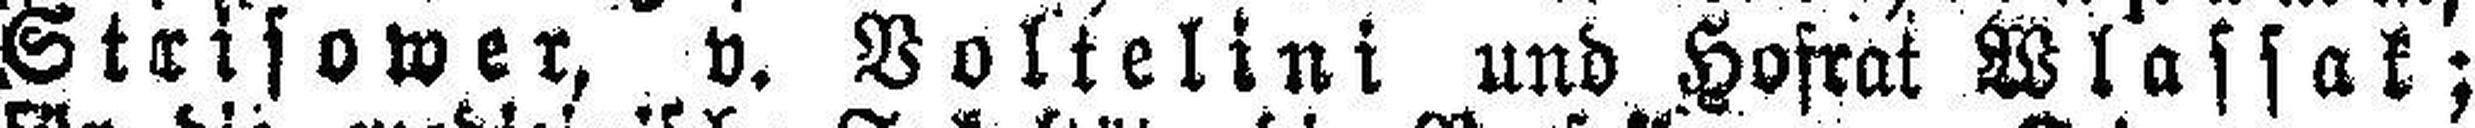
Strisower, v. Voltelini und Hofrat Wlassak;